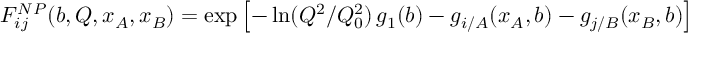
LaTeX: F _ { i j } ^ { N P } ( b , Q , x _ { A } , x _ { B } ) = \exp \left[ - \ln ( Q ^ { 2 } / Q _ { 0 } ^ { 2 } ) \, g _ { 1 } ( b ) - g _ { i / A } ( x _ { A } , b ) - g _ { j / B } ( x _ { B } , b ) \right]